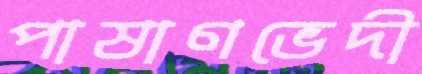
পাষাণভেদী